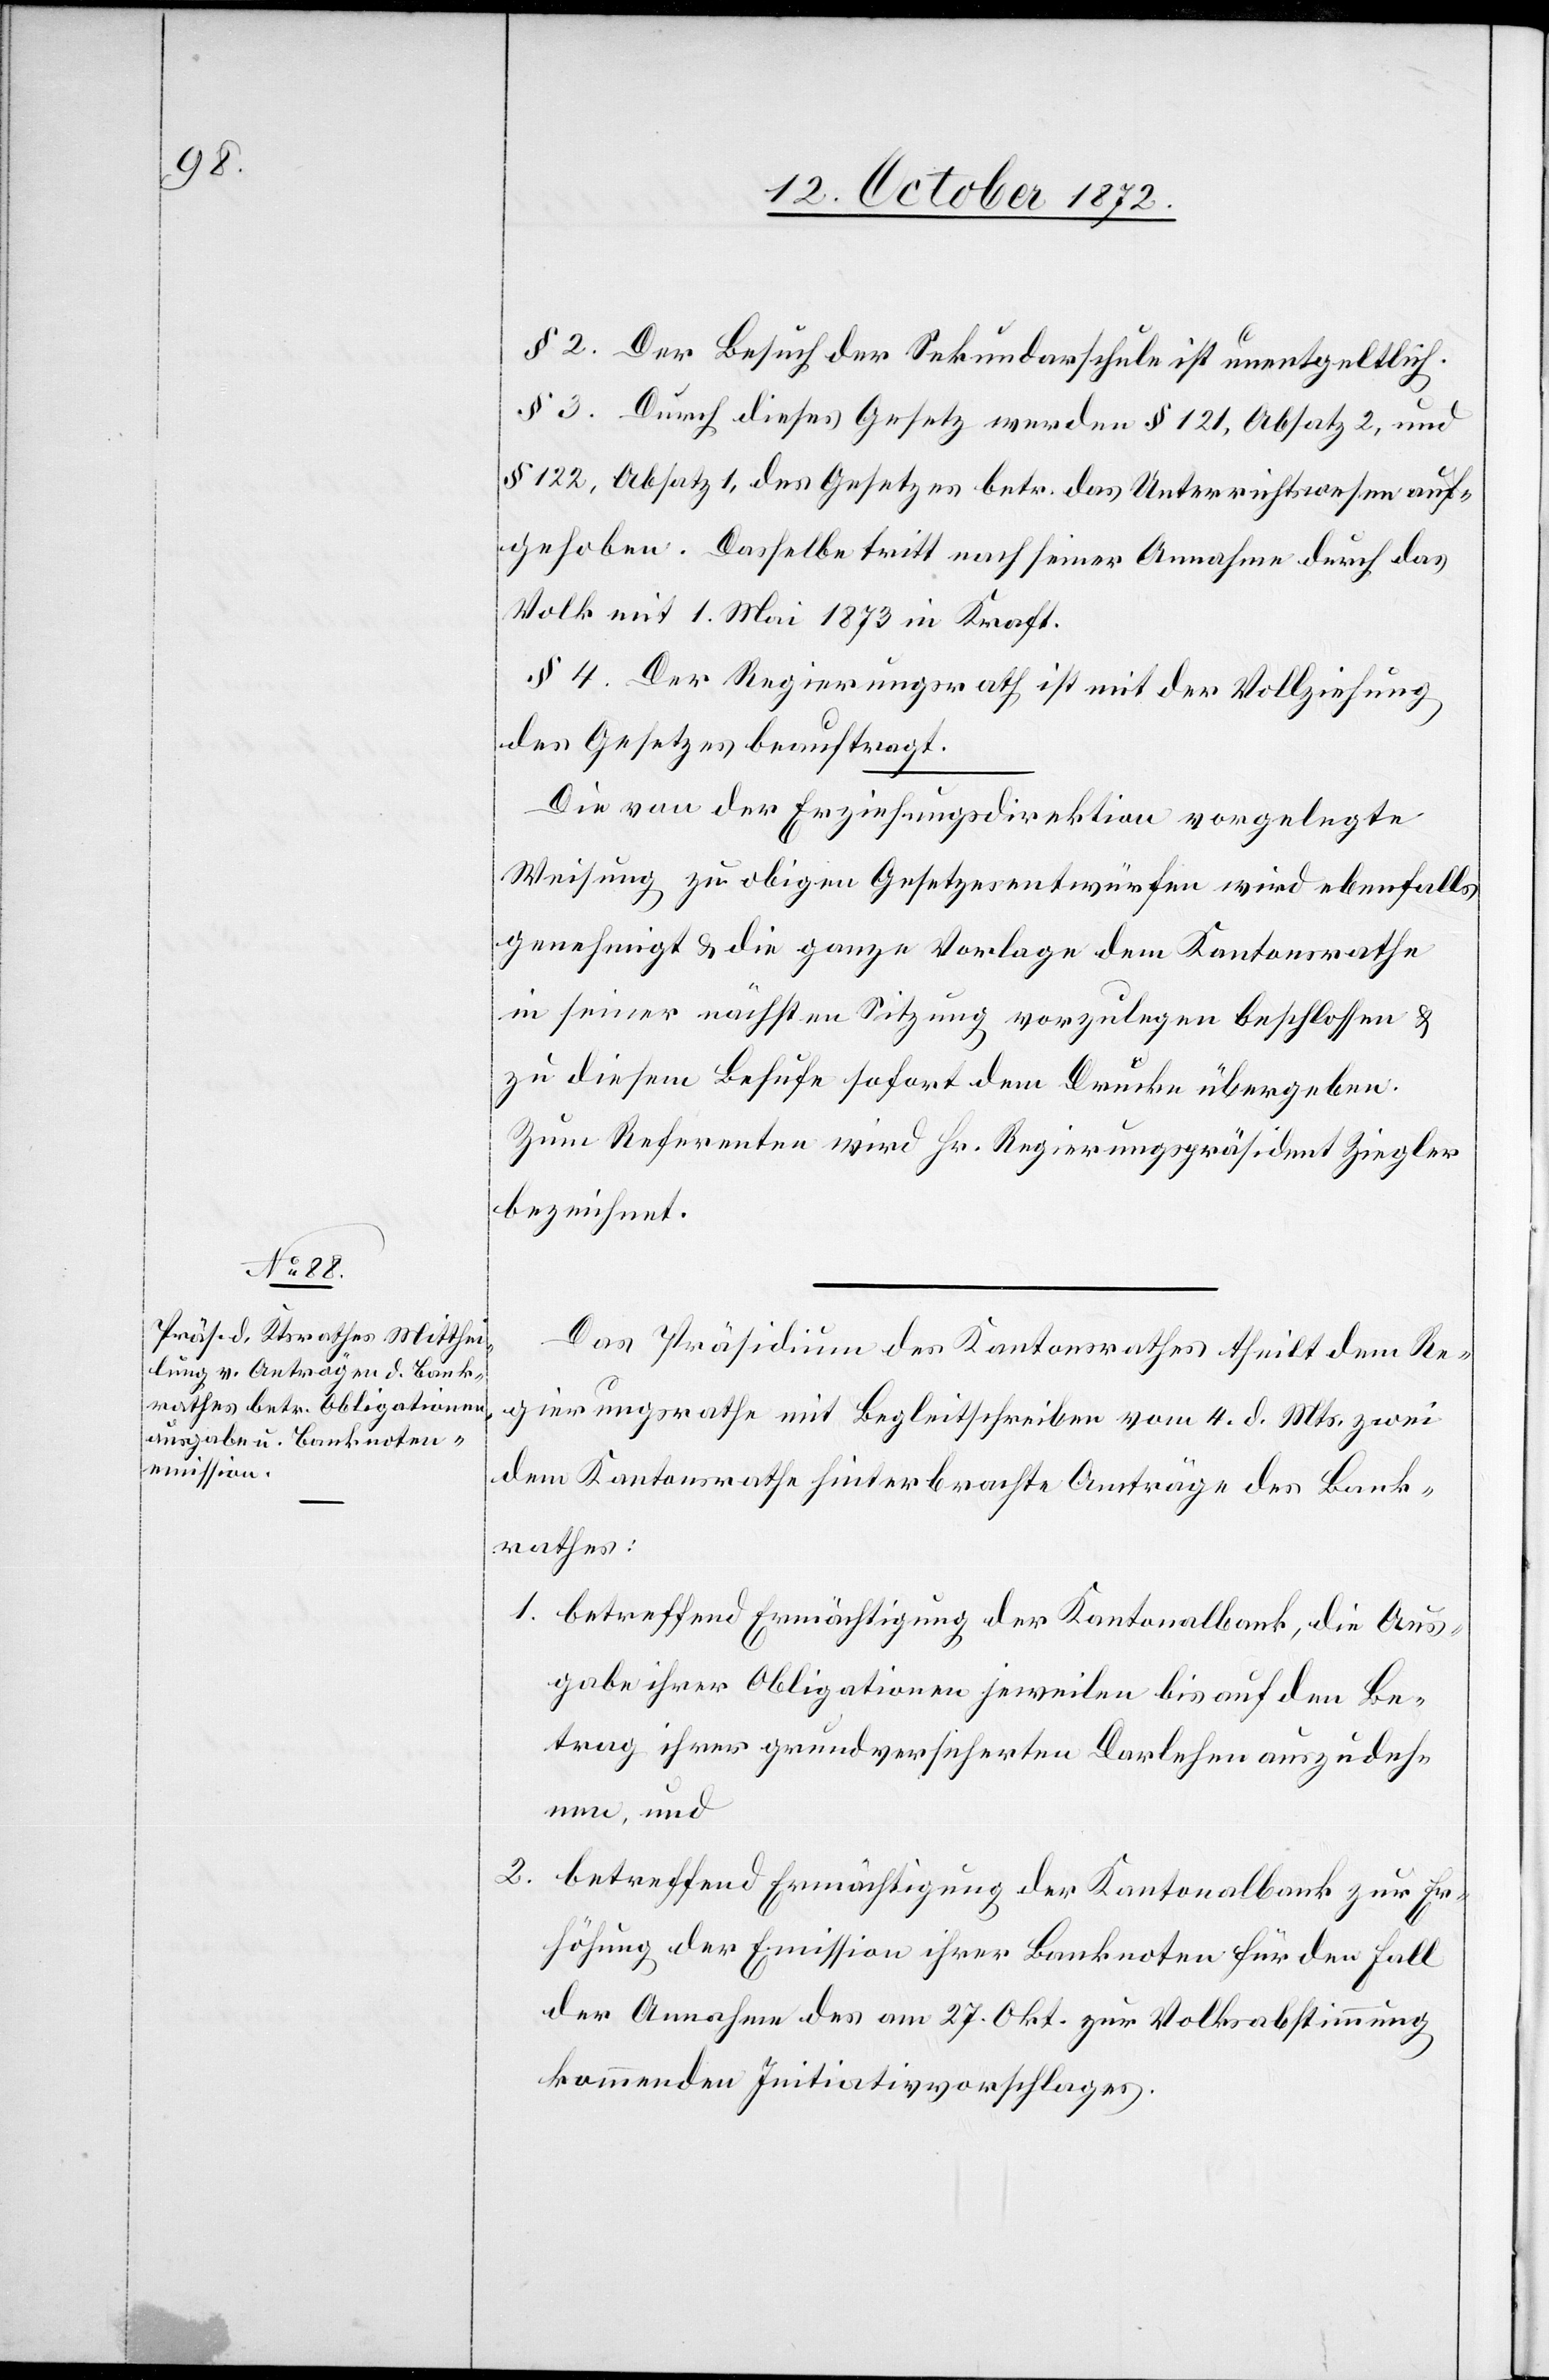
§ 2. Der Besuch der Sekundarschule ist unentgeltlich.
§ 3. Durch dieses Gesetz werden § 121, Absatz 2, und
§ 122, Absatz 1, des Gesetzes betr. das Unterrichtswesen auf¬
gehoben. Dasselbe tritt nach seiner Annahme durch das
Volk mit 1. Mai 1873 in Kraft.
§ 3. Der Regierungsrath ist mit der Vollziehung
des Gesetzes beauftragt.
Die von der Erziehungsdirektion vorgelegte
Weisung zu obigen Gesetzesentwürfen wird ebenfalls
genehmigt u. die ganze Vorlage dem Kantonsrathe
in seiner nächsten Sitzung vorzulegen beschlossen u.
zu diesem Behufe sofort dem Drucke übergeben.
Zum Referenten wird Hr. Regierungspräsident Ziegler
bezeichnet.
Das Präsidium des Kantonsrathes theilt dem Re¬
gierungsrathe mit Begleitschreiben vom 4. d. Mts. zwei
dem Kantonsrathe hinterbrachte Anträge des Bank¬
rathes:
1. betreffend Ermächtigung der Kantonalbank, die Aus¬
gabe ihrer Obligationen jeweilen bis auf den Be¬
trag ihrer grundversicherten Darlehen auszudeh¬
nen, und
2. betreffend Ermächtigung der Kantonalbank zur Er¬
höhung der Emission ihrer Banknoten für den Fall
der Annahme des am 27. Okt. zur Volksabstimmung
kommenden Initiativvorschlages.